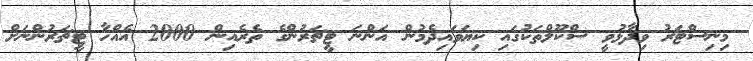
މިނިސްޓަރު ވިދާޅުވީ ސްކޫލްތަކުގައި ކިޔަވައިދެމުން އަންނަ ޓީޗަރުންގެ ތެރެއިން 2000 އެއްހާ ޓީޗަރުންނަށް